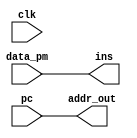
module progmemint(clk, addr_out, pc, data_pm, ins);
	input clk;
	input [7:0] pc, data_pm; //data pm = dari PM ke PMI , PC dari PC(CU) ke PMI
	output [7:0] ins, addr_out; // ins= PMI ke CU, addr_out dari PMI ke PM

	assign addr_out=pc;
	assign ins=data_pm;
endmodule